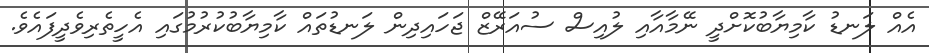
އެއް ލަނޑު ކާމިޔާބުކޮށްދީ ނޭމާއާއި ލުއިސް ސުއަރޭޒް ޖަހައިދިން ލަނޑުތައް ކާމިޔާބުކުރުމުގައި އެހީތެރިވެދީފައެވެ.